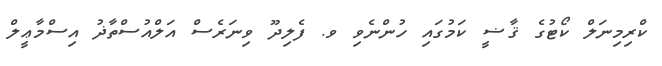
ކްރިމިނަލް ކޯޓުގެ ޤާޟީ ކަމުގައި ހުންނެވި ވ. ފެލިދޫ ވިނަރެސް އަލްއުސްތާޛު އިސްމާޢީލް